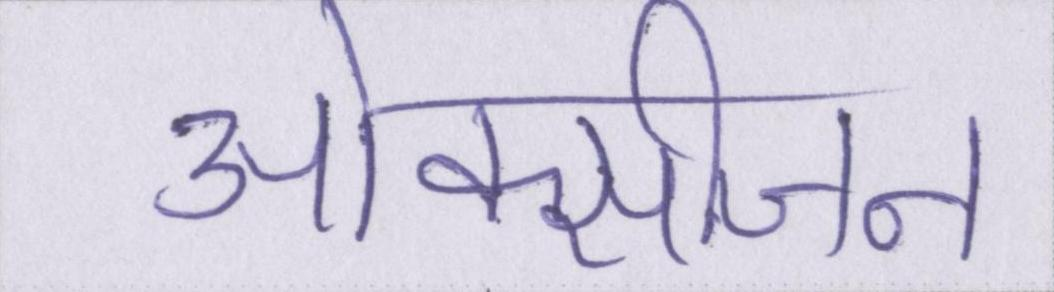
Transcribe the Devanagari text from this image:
ओक्सीजन